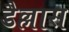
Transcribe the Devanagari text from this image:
डैल्लास